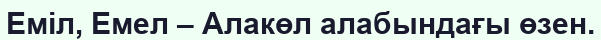
Еміл, Емел – Алакөл алабындағы өзен.